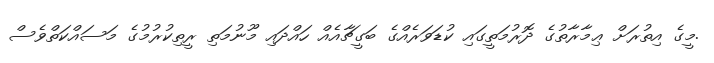
.މީގެ އިތުރަށް ޢިމާރާތުގެ ދޮރުމަތީގައި ކުޑަވަރެއްގެ ބަގީޗާއެއް ހައްދައި މޫނުމަތި ރީތިކުރުމުގެ މަސައްކަތްވެސް